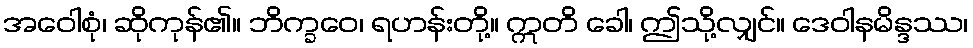
အဝေါစုံ၊ ဆိုကုန်၏။ ဘိက္ခဝေ၊ ရဟန်းတို့။ ဣတိ ခေါ၊ ဤသို့လျှင်။ ဒေဝါနမိန္ဒဿ၊